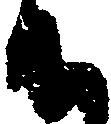
御